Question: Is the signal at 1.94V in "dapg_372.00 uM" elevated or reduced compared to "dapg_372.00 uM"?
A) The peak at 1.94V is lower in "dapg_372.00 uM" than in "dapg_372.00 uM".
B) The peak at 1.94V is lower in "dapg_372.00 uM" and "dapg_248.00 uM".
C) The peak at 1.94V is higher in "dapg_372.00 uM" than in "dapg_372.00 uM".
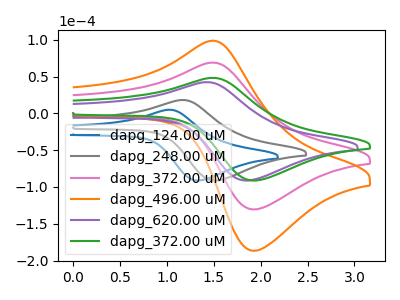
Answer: <think>The blue curve "dapg_124.00 uM" has an anodic peak at (1.00V, 4.90uA) and a cathodic peak at (1.35V, -91.20uA). The gray curve "dapg_248.00 uM" has an anodic peak at (1.15V, 18.15uA) and a cathodic peak at (1.55V, -91.20uA). The pink curve "dapg_372.00 uM" has an anodic peak at (1.50V, 68.95uA) and a cathodic peak at (1.95V, -130.45uA). The orange curve "dapg_496.00 uM" has an anodic peak at (1.50V, 137.85uA) and a cathodic peak at (1.95V, -260.90uA). The purple curve "dapg_620.00 uM" has an anodic peak at (1.40V, 42.40uA) and a cathodic peak at (1.85V, -91.20uA). The green curve "dapg_372.00 uM" has an anodic peak at (1.50V, 48.20uA) and a cathodic peak at (1.95V, -91.20uA).</think>
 <answer>A) The peak at 1.94V is lower in "dapg_372.00 uM" than in "dapg_372.00 uM".</answer>
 <eval>A</eval>